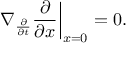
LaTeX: \left. \nabla _ { \frac { \partial } { \partial t } } { \frac { \partial } { \partial x } } \right| _ { x = 0 } = 0 .